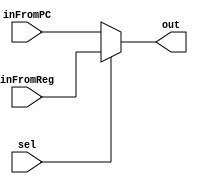
module mux_ulaA (
  input wire sel,
  input wire [31:0] inFromPC,
  input wire [31:0] inFromReg,
  output wire [31:0] out
);

  assign out = (sel == 0) ? inFromPC : inFromReg;

endmodule